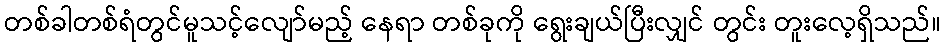
တစ်ခါတစ်ရံတွင်မူသင့်လျော်မည့် နေရာ တစ်ခုကို ရွေးချယ်ပြီးလျှင် တွင်း တူးလေ့ရှိသည်။